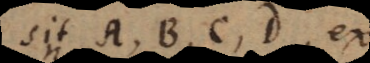
sint A, B, C, D, ex